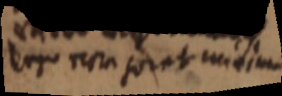
ergo recta foret minima